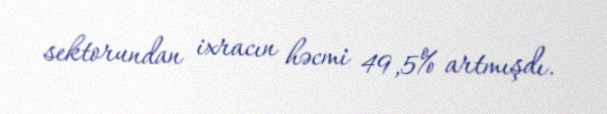
sektorundan ixracın həcmi 49,5% artmışdı.